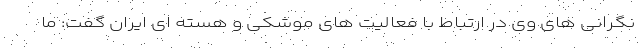
نگرانی های وی در ارتباط با فعالیت های موشکی و هسته ای ایران گفت: ما